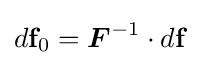
d\mathbf {f} _{0}={\boldsymbol {F}}^{-1}\cdot d\mathbf {f}